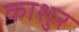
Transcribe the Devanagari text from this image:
काशुर